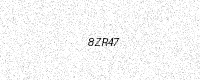
Text: 8ZR47